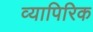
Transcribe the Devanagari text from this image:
व्यापिरिक